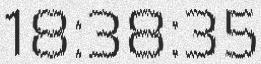
18:38:35